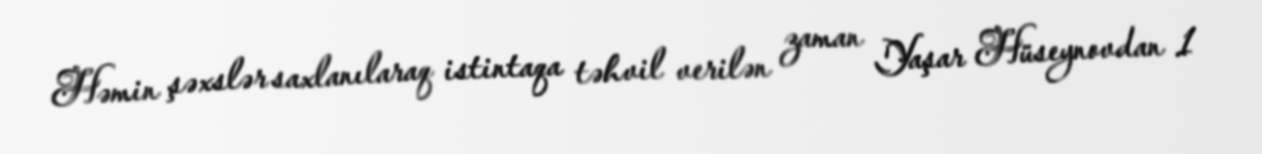
Həmin şəxslər saxlanılaraq istintaqa təhvil verilən zaman Yaşar Hüseynovdan 1